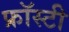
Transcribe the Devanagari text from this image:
फ्रॉस्टी